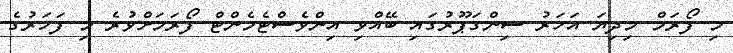
މި ފޯރަމް މިދިޔަ އަހަރު ސިންގަޕޫރުގައި ބޭއްވި އިންވެސްޓެމެންޓް ފޯރަމަށްވުރެ މި ފަހަރުގެ